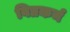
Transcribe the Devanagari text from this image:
विप्रकर्म